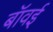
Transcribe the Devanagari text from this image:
बॉवई